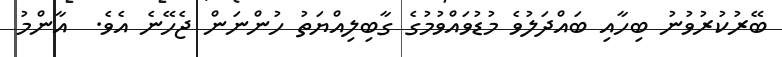
ބޭރުކުރުވުނު ބިހާއި ބައްދަލުވެ މުޑުވައްވުމުގެ ގާބިލިއްޔަތު ހުންނަން ޖެހޭނެ އެވެ.  އާންމު